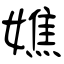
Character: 嫶